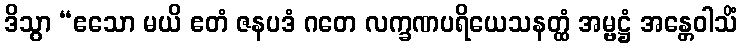
ဒိသွာ “ဧသော မယိ ဧတံ ဇနပဒံ ဂတေ လက္ခဏပရိယေသနတ္ထံ အမ္ဗဋ္ဌံ အန္တေဝါသိံ